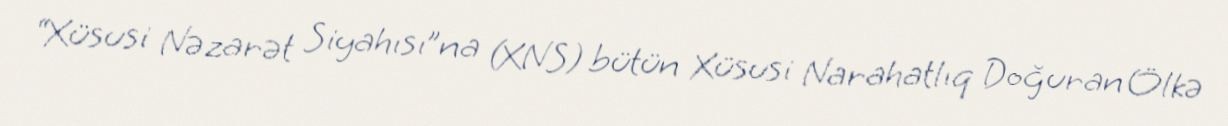
“Xüsusi Nəzarət Siyahısı”na (XNS) bütün Xüsusi Narahatlıq Doğuran Ölkə